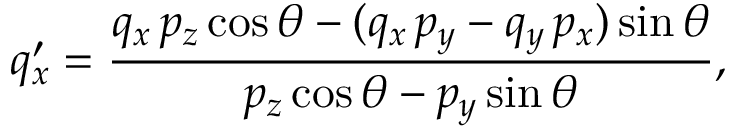
q _ { x } ^ { \prime } = \frac { q _ { x } \, p _ { z } \cos \theta - ( q _ { x } \, p _ { y } - q _ { y } \, p _ { x } ) \sin \theta } { p _ { z } \cos \theta - p _ { y } \sin \theta } , \,